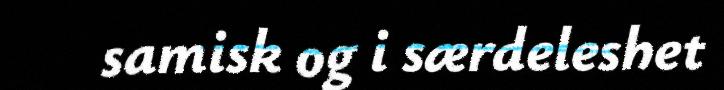
samisk og i særdeleshet